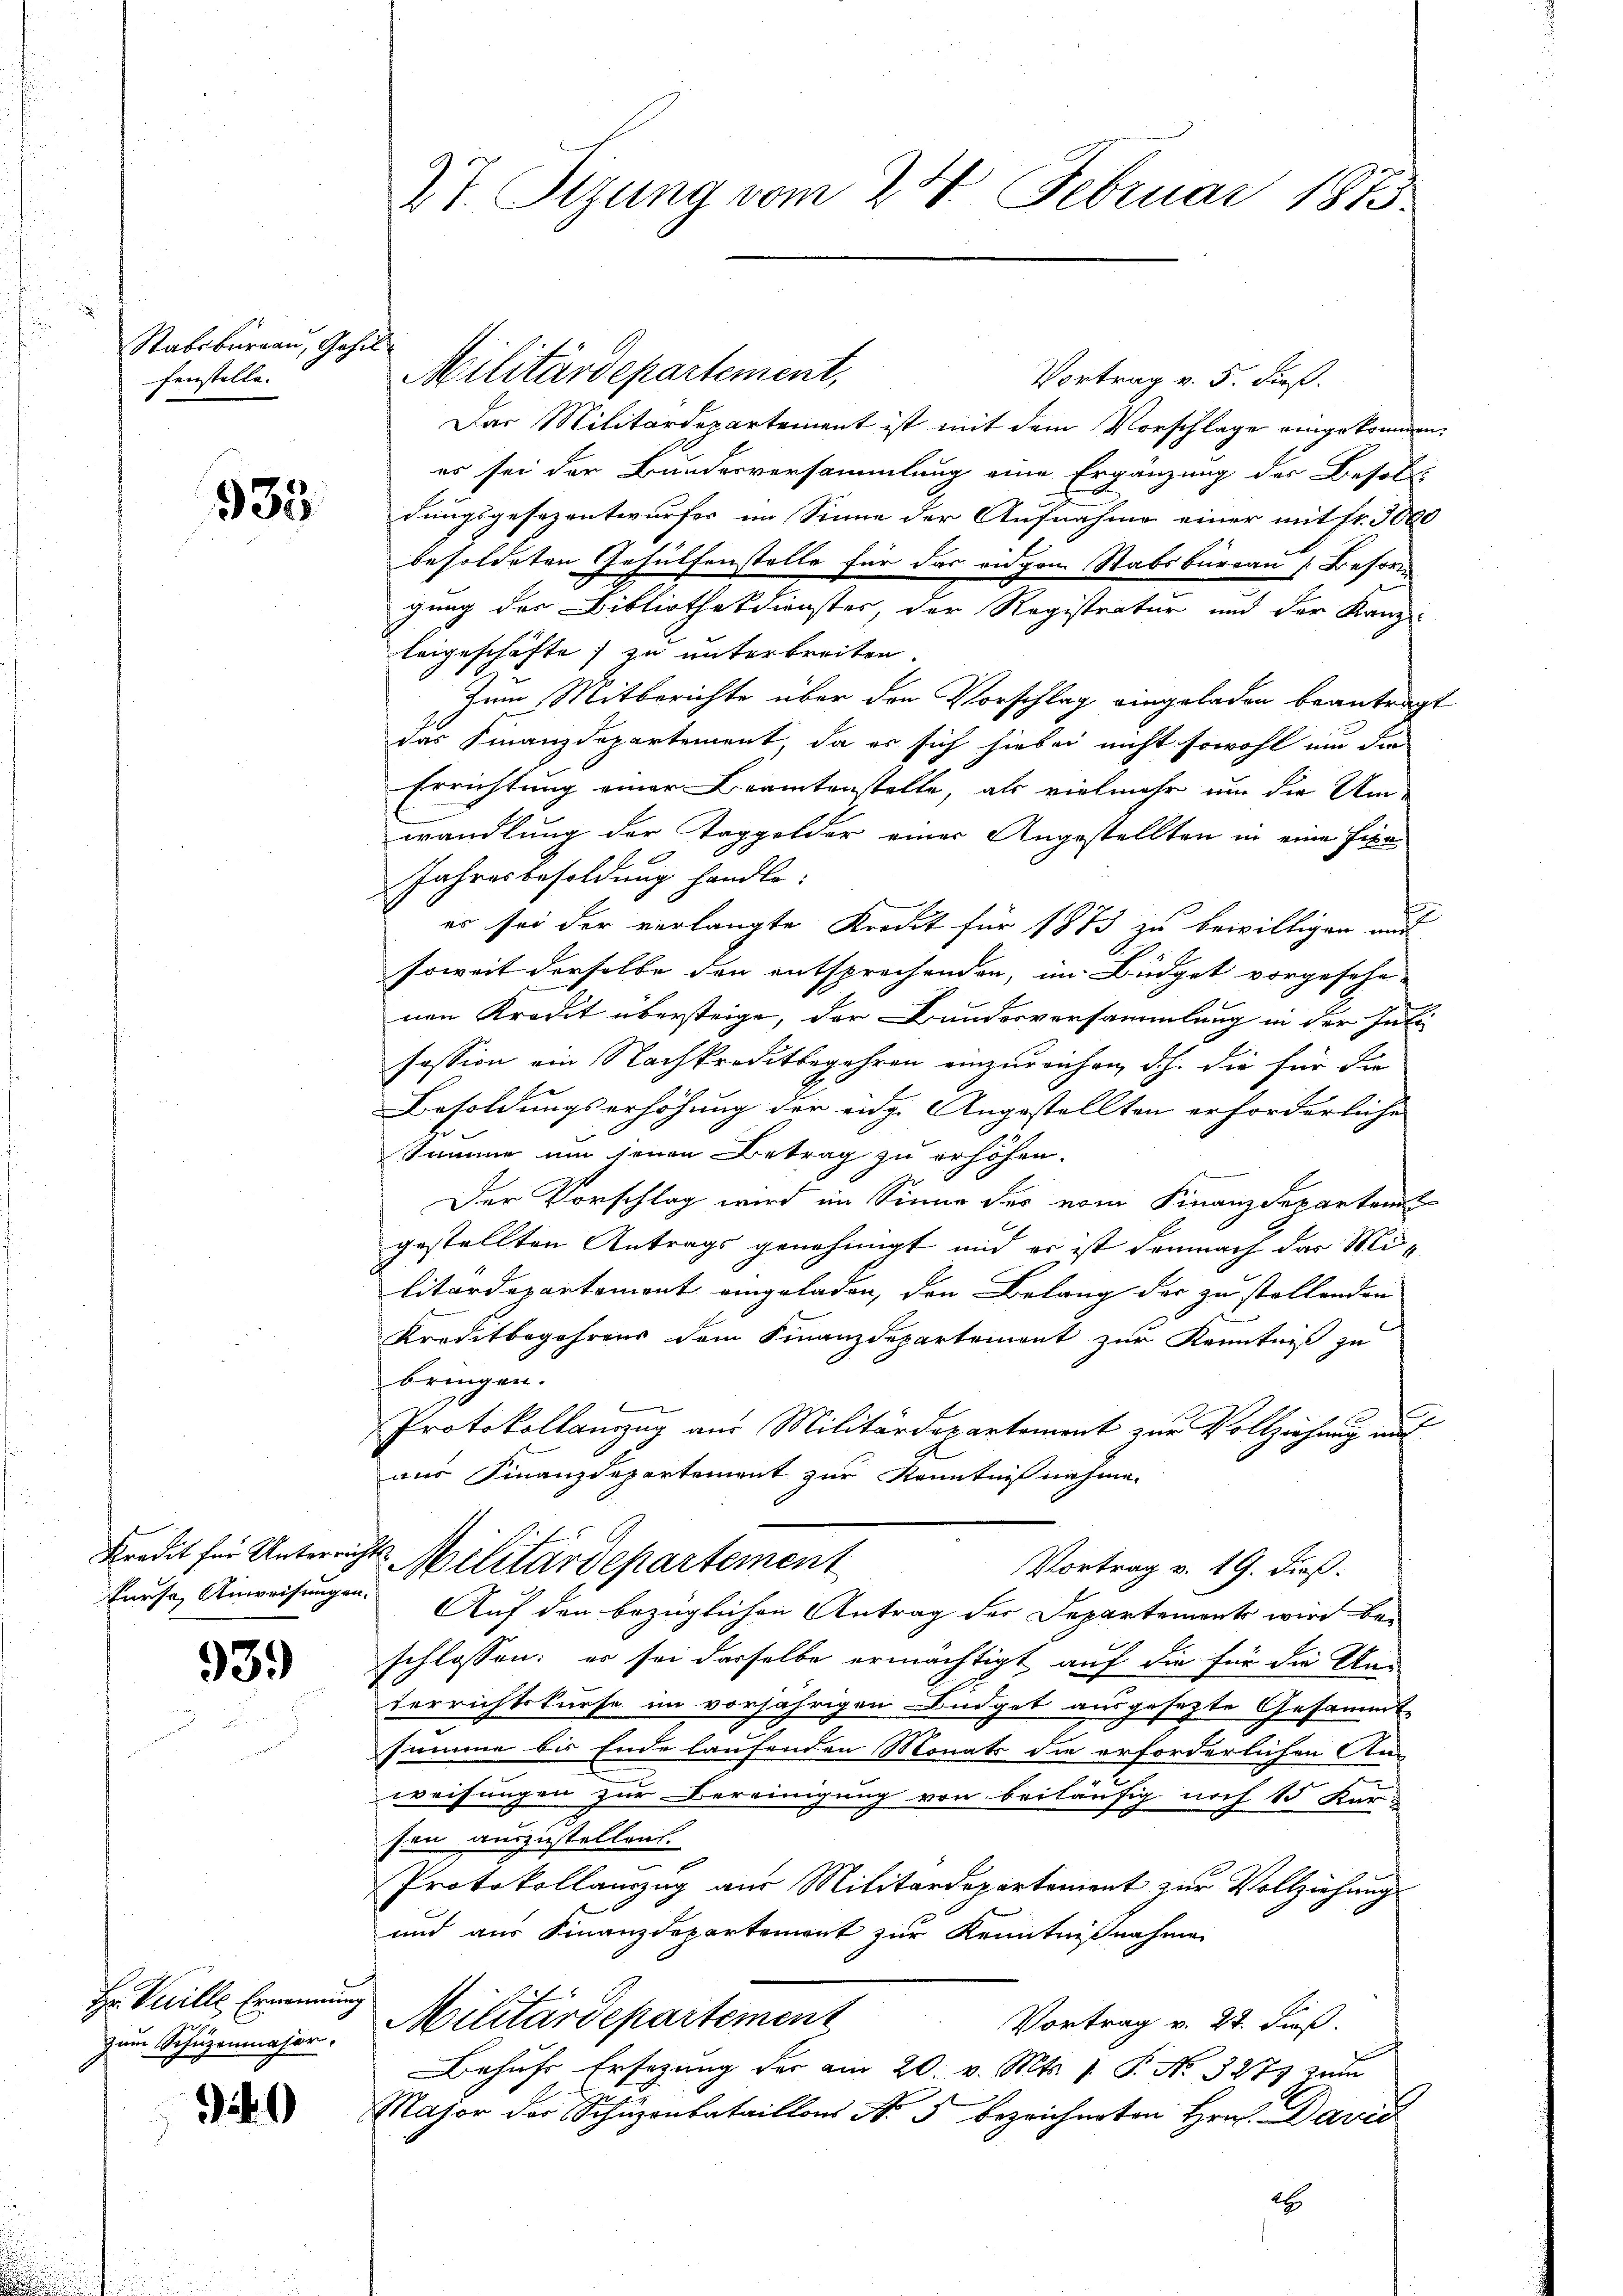
Stabsbureau, Gehilfenstelle.

333.

939)

Ir Kelle Ernennung
zum Schuzenmaher,

320

27. Sizung vom 24. Februar 1873.

Militärdepartement,
Vortrag v. 5. dieß.
Das Militärdepartement ist mit dem Vorschlage eingekommen,
es sei der Bundesversammlung eine Ergänzung des Besol
dungsgesezentwurfer im Sinne der Aufnahme einer mit Fr. 3000
besoldeten Gehülfenstelle für das eidgem Stabsbureau [Besor
gung der Bibliothekdienster, der Registratur und der Kanz-
leigeschäfte zu unterbreiten.
Zum Mitberichte über den Vorschlag eingeladen beantragt
das Finanzdepartement, da er sich hiebei nicht sowohl um die
Errichtung einer Beamtenstelle, als vielmehr um die Um-
wandlung der Taggelder einer Angestellten in eine fixe
Jahresbesoldung handle.
es sei der verlangte Kredit für 1873 zu bewilligen aus
soweit derselbe den entsprechenden, im Büdget vorgesehe-
nen Kredit übersteige, der Bundesversammlung in der Inti
fession ain Nachkreditbegehren einzureichen, d.h. die für die
Besoldungserhöhung der eidg. Angestellten erforderliche
Summe um jenen Betrag zu erhöhen.
Der Vorschlag wird im Sinne des vom Finanzdepartem
gestellten Antrags genehmigt und es ist demnach das Militärdepartemont eingeladen, den Belang der zu stellenden
Kreditbegehrens dem Finanzdepartement zur Kenntniß zu
bringen.
.
Protokollanzug aus Militärdepartement zur Vollziehung auf
aus Finanzdepartement zur Kenntnißnahme.
Kredit für Unterrichts-Militärdepartement
Vortrag v. 19. dieß:
kurse Anweisungen. Auf den bezüglichen Antrag der Departement wird be-
schlossen: es sei dasselbe ermächtigt auf die für die Kan
Verrichtskurse im vorjährigen Büdget ausgesetzte Gesammt-
summe bis Ende laufenden Monats die erforderlichen An-
weisungen zur Bereinigung von beiläufig noch 15 Kar-
son auszustellen.
Protokollanzug aus Militärdepartement zur Vollziehung
und aus Finanzdepartement zur Kenntnißnahme
Militärdepartement
Vortrag v. 27. Fuß.
Behufs Ersatzung der am 20. v. Mts. 1. P. No. 3273 zum
Major der Schŭzenbataillons No 5 bezeichneten Hrn. David
2